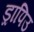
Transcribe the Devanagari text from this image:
ड्रापिउ